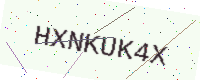
Text: HXNKUK4X